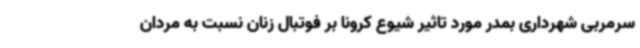
سرمربی شهرداری بمدر مورد تاثیر شیوع کرونا بر فوتبال زنان نسبت به مردان